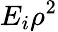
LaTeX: E_{i}\rho^{2}